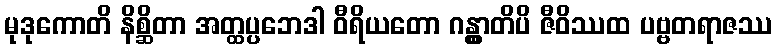
မုဒုကောတိ နိစ္ဆိတာ အတ္ထပ္ပဘေဒါ ဝီရိယတော ဂန္တွာတိပိ ဇီဝိဿထ ပဗ္ဗတရာဇဿ